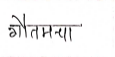
मजकूर: गौतमचा